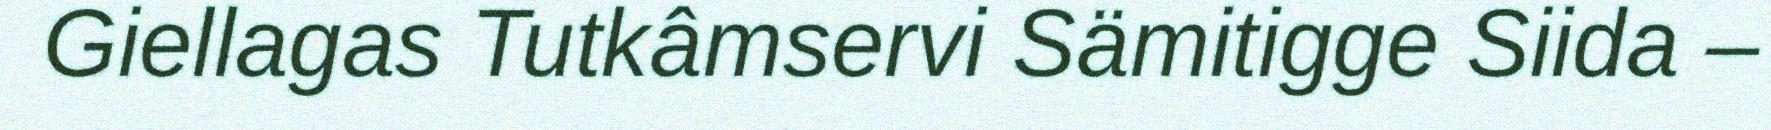
Giellagas Tutkâmservi Sämitigge Siida –